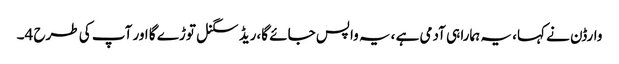
وارڈن نے کہا، یہ ہمارا ہی آدمی ہے ،یہ واپس جائے گا،ریڈ سگنل توڑے گا اور آپ کی طرح 4۔